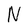
Character: N